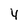
Character: 4